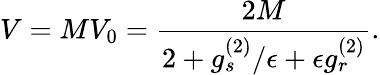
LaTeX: V=MV_{0}=\frac{2M}{2+g_{s}^{(2)}/\epsilon+\epsilon g_{r}^{(2)}}.